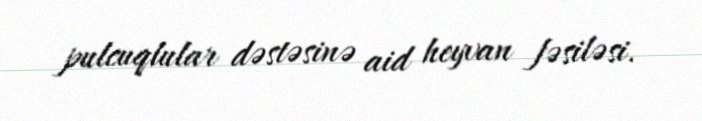
pulcuqlular dəstəsinə aid heyvan fəsiləsi.